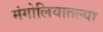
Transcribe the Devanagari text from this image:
मंगोलियातल्या